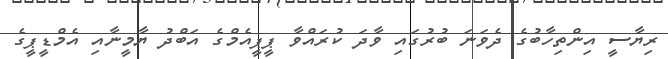
ރިޔާސީ އިންތިހާބުގެ ދެވަނަ ބުރުގައި ވާދަ ކުރައްވާ ޕީޕީއެމްގެ އަބްދު ޔާމީނާއި އެމްޑީޕީގެ